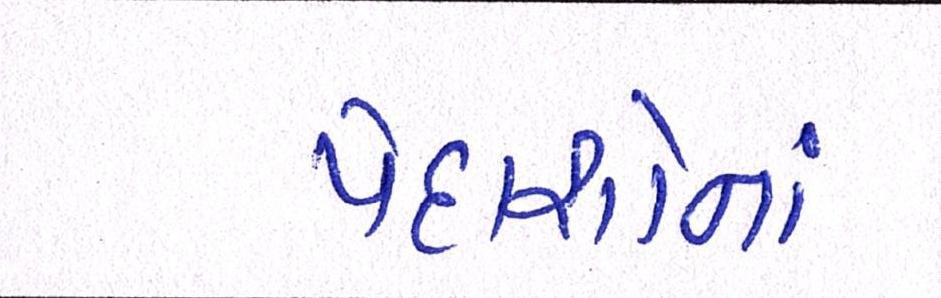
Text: પેદાશોનાં